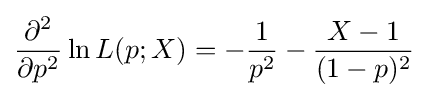
{\frac {\partial ^{2}}{\partial p^{2}}}\ln L(p;X)=-{\frac {1}{p^{2}}}-{\frac {X-1}{(1-p)^{2}}}